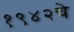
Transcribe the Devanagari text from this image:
१९४२चे